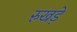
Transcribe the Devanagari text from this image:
रुखड़े